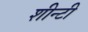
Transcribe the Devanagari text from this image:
शीन्टी